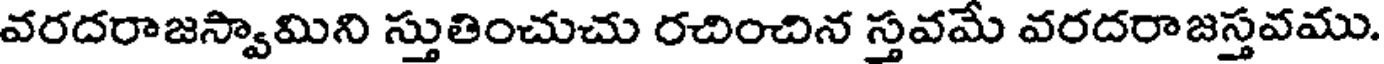
వరదరాజస్వామిని స్తుతించుచు రచించిన స్తవమే వరదరాజస్తవము